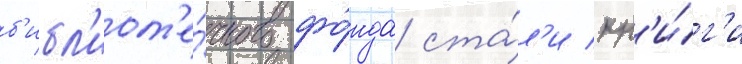
б'ибл'иот'е́чного фо́нда ста́л'и кн'и́г'и